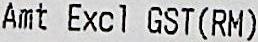
AMT EXCL GST(RM)